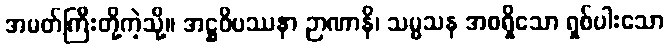
အမတ်ကြီးတို့ကဲ့သို့။ အဋ္ဌဝိပဿနာ ဉာဏာနိ၊ သမ္မသန အစရှိသော ရှစ်ပါးသော